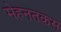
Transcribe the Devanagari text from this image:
मेहनतकस